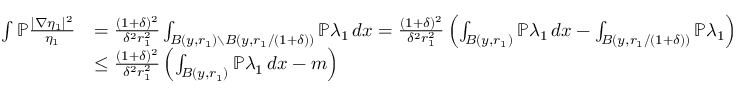
\begin{array} { r l } { \int \mathbb { P } \frac { | \nabla \eta _ { 1 } | ^ { 2 } } { \eta _ { 1 } } } & { = \frac { ( 1 + \delta ) ^ { 2 } } { \delta ^ { 2 } r _ { 1 } ^ { 2 } } \int _ { B ( y , r _ { 1 } ) \setminus B ( y , r _ { 1 } / ( 1 + \delta ) ) } \mathbb { P } \lambda _ { 1 } \, d x = \frac { ( 1 + \delta ) ^ { 2 } } { \delta ^ { 2 } r _ { 1 } ^ { 2 } } \left( \int _ { B ( y , r _ { 1 } ) } \mathbb { P } \lambda _ { 1 } \, d x - \int _ { B ( y , r _ { 1 } / ( 1 + \delta ) ) } \mathbb { P } \lambda _ { 1 } \right) } \\ & { \leq \frac { ( 1 + \delta ) ^ { 2 } } { \delta ^ { 2 } r _ { 1 } ^ { 2 } } \left( \int _ { B ( y , r _ { 1 } ) } \mathbb { P } \lambda _ { 1 } \, d x - m \right) } \end{array}